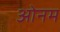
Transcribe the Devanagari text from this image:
ओनम